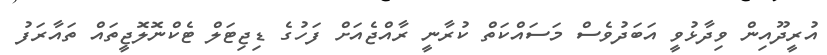
އުރީދޫއިން ވިދާޅުވީ އަބަދުވެސް މަސައްކަތް ކުރާނީ ރާއްޖެއަށް ފަހުގެ ޑިޖިޓަލް ޓެކްނޮލޮޖީތައް ތައާރަފު